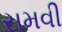
સમવી